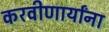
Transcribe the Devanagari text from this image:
करवीणार्यांना